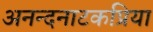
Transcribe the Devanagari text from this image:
अनन्दनाटकप्रिया